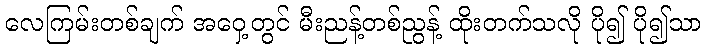
လေကြမ်းတစ်ချက် အဝှေ့တွင် မီးညန့်တစ်ညွန့် ထိုးတက်သလို ပို၍ ပို၍သာ